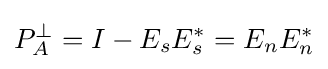
\textstyle P_{A}^{\perp }=I-E_{s}E_{s}^{*}=E_{n}E_{n}^{*}